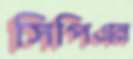
সিপিএন